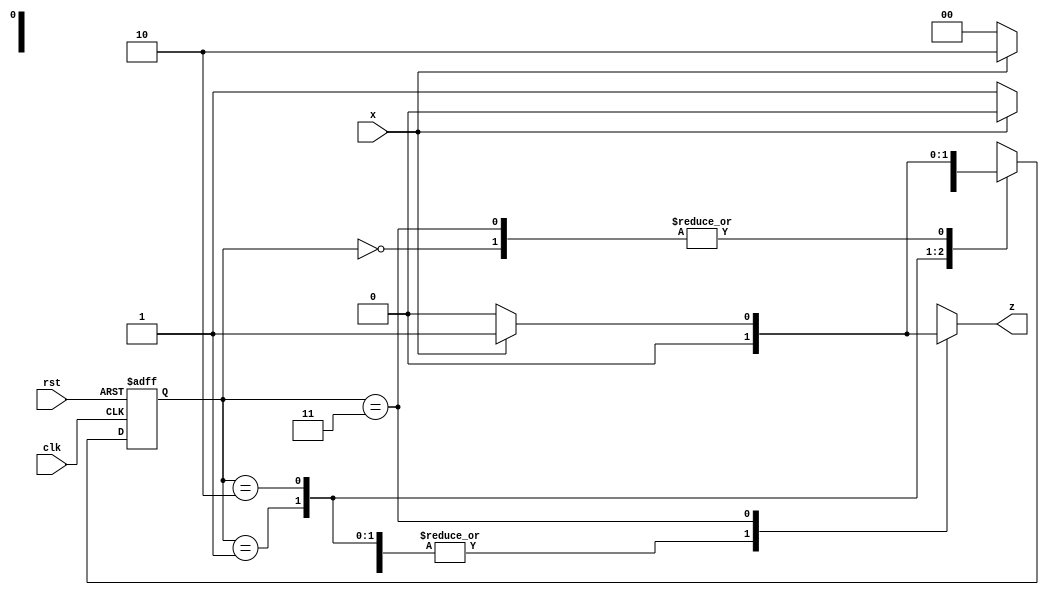
// sequence detector 1101
module mealy_o (
    input x,clk,rst,
    output reg z
);
    reg [1:0] PS,NS;
    parameter a=2'b00, b=2'b01, c=2'b10, d=2'b11;

    always @(posedge clk, posedge rst) begin
        if (rst) PS<=a; 
        else PS<=NS;
    end

    always @(PS,x) begin
        case (PS)
            a: begin
                z = x?0:0;
                NS = x?b:a;
            end
            b: begin
                z = x?0:0;
                NS = x?c:a;
            end
            c: begin
                z = x?0:0;
                NS = x?c:d;
            end
            d: begin
                z = x?1:0;
                NS = x?b:a;
            end
        endcase
    end
endmodule